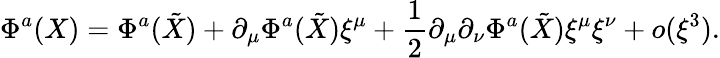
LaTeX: \Phi^{a}(X)=\Phi^{a}(\tilde{X})+\partial_{\mu}\Phi^{a}(\tilde{X})\xi^{\mu}+\frac{1}{2}\partial_{\mu}\partial_{\nu}\Phi^{a}(\tilde{X})\xi^{\mu}\xi^{\nu}+o(\xi^{3}).